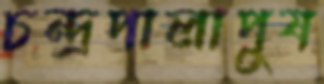
চন্দ্রপালাপুষ